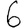
Digit: 6